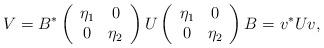
LaTeX: \begin{align*}V=B^*\left(\begin{array}{cc}\eta_1 & 0 \\ 0 & \eta_2\end{array}\right) U \left(\begin{array}{cc}\eta_1 & 0 \\ 0 & \eta_2\end{array}\right)B = v^*Uv,\end{align*}